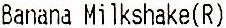
BANANA MILKSHAKE(R)